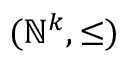
( \mathbb { N } ^ { k } , \leq )